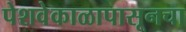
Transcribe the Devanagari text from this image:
पेशवेकाळापासूनचा